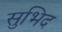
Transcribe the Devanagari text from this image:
सुभिद